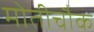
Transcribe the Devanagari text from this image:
मोतीचौक